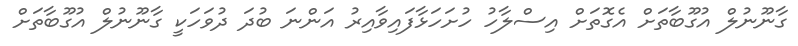
ގާނޫނުލް އުގޫބާތަށް އެގޮތަށް އިސްލާހު ހުށަހަޅާފައިވާއިރު އަންނަ ބުދަ ދުވަހަކީ ގާނޫނުލް އުގޫބާތަށް